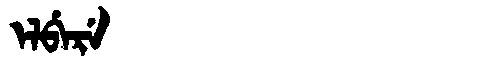
Manchu: ᡝᠯᠪᡝᡵᡝ
Romanization: ELBERE